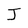
Character: J